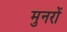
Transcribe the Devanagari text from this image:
मुनरों